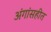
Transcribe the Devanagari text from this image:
अंगांसहीत